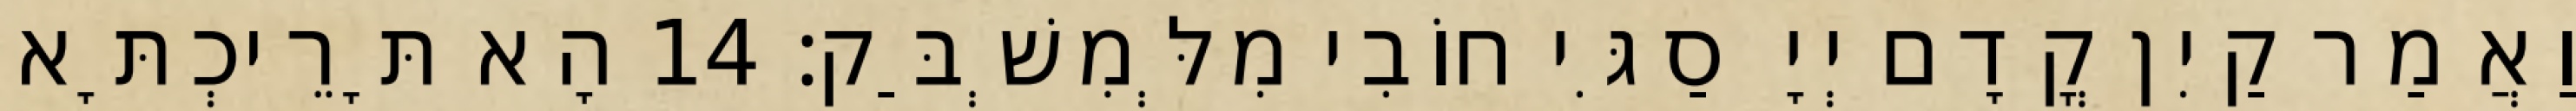
וַאֲמַר קַיִן קֳדָם יְיָ סַגִּי חוֹבִי מִלְּמִשְׁבַּק׃ 14 הָא תָּרֵיכְתָּא